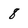
Character: 8